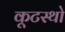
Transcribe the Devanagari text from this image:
कूटस्थो